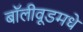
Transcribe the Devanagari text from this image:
बॉलीवूडमधे